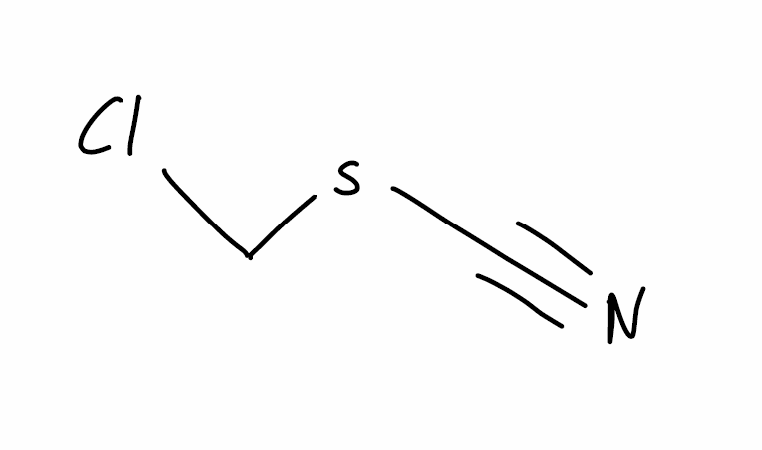
Simplified molecular-input line-entry system (SMILES) notation of the given molecule:
C(SC#N)Cl